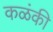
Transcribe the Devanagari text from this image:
कळंकी